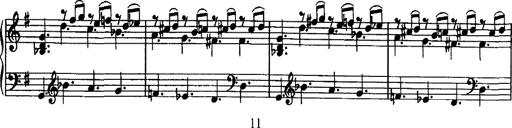
Title: Rondo di bravura
Composer: Franz Liszt